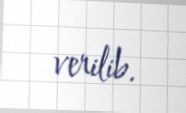
verilib.